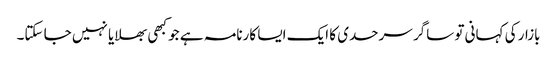
بازار کی کہانی تو ساگر سرحدی کا ایک ایسا کارنامہ ہے جو کبھی بھلایا نہیں جا سکتا۔